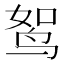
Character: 𫛪